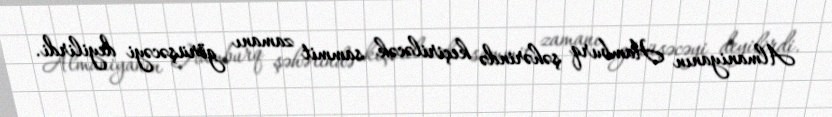
Almaniyanın Hamburq şəhərində keçiriləcək sammit zamanı görüşəcəyi deyilirdi.